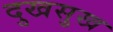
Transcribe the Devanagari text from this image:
दुखसुख